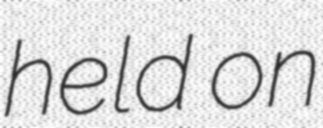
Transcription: held on